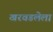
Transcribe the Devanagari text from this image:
खरवडलेला